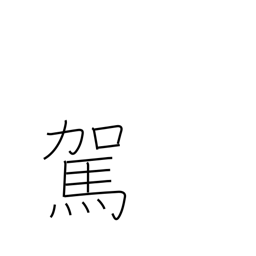
Meaning: hitch up an animal